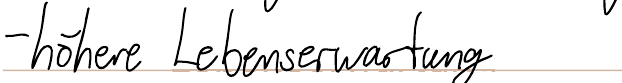
- höhere Lebenserwartung